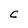
Character: C